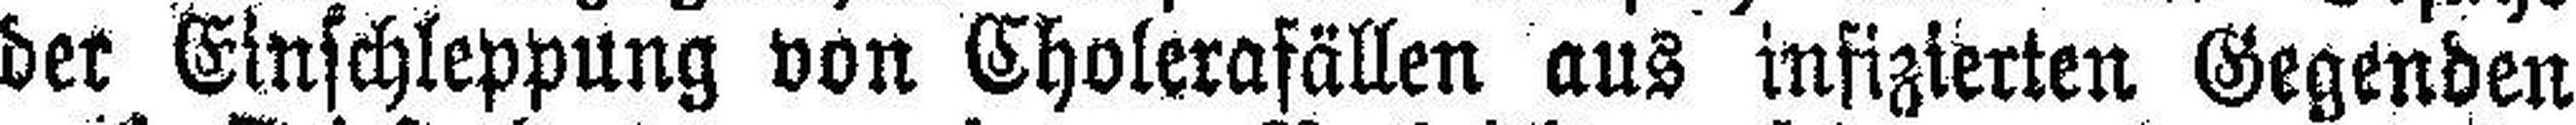
der Einschleppung von Cholerafällen aus infizierten Gegenden